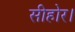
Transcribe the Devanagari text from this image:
सीहोर।